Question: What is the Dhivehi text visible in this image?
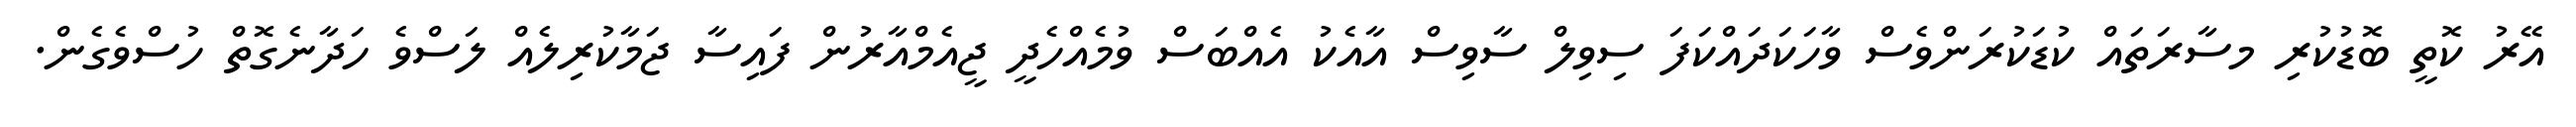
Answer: އޭރު ކޮތީ ބޮޑުކުރި މސާރަތައް ކުޑަކުރަންވެސް ވާހަކަދައްކަފަ ސިވިލް ސާވިސް އާއެކު އެއްބަސް ވުމެއްހެދީ ޖީއެމްއާރުން ފައިސާ ޖަމާކުރިލެއް ލަސްވެ ހަދާނެގޮތް ހުސްވެގެން.